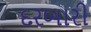
દરબારી